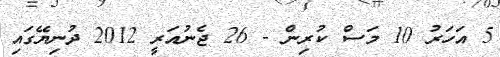
5 އަހަރު 10 މަސް ކުރިން - 26 ޖެނުއަރީ 2012 ދުނިޔޭގައި